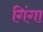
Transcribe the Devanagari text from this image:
गिंगा